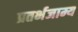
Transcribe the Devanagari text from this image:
प्रतर्भजाम्य